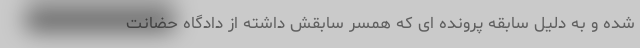
شده و به دلیل سابقه پرونده ای که همسر سابقش داشته از دادگاه حضانت